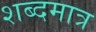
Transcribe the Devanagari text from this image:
शब्दमात्र